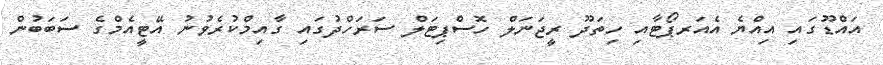
އައްޑޫގައި އިއްޔެ އެއަރޕޯޓާއި ހިތަދޫ ރީޖަނަލް ހޮސްޕިޓަލް ސަރަހްދުގައި ގާއިމްކުރެވުނު އޭޓީއެމްގެ ސަބަބުން